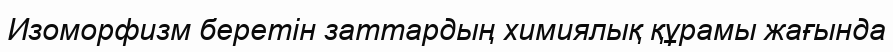
Изоморфизм беретін заттардың химиялық құрамы жағында